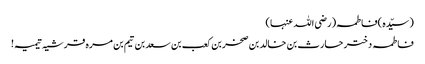
(سیّدہ )فاطمہ(رضی اللہ عنہا)
فاطمہ دختر حارث بن خالد بن صخربن کعب بن سعد بن تیم بن مرہ قرشیہ تیمیہ!